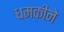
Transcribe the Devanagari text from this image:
धमकीने